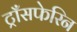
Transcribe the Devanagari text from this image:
ट्राँसफेरिन